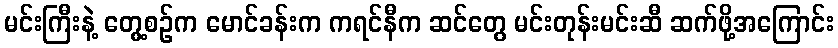
မင်းကြီးနဲ့ တွေ့စဉ်က မောင်ခန်းက ကရင်နီက ဆင်တွေ မင်းတုန်းမင်းဆီ ဆက်ဖို့အကြောင်း